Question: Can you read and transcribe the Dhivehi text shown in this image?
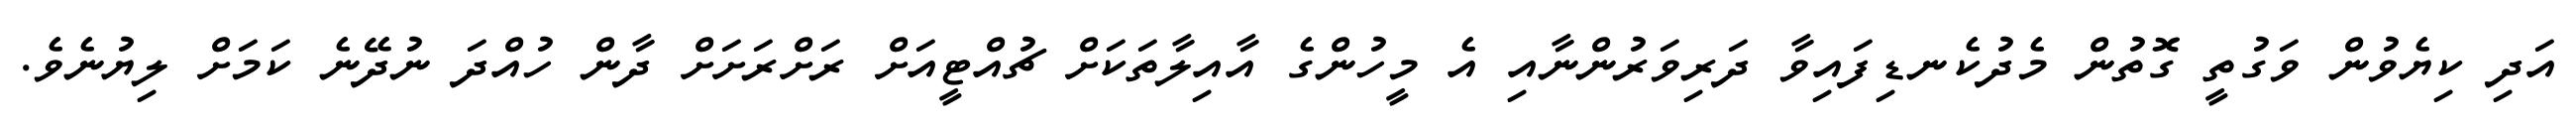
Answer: އަދި ކިޔެވުން ވަގުތީ ގޮތުން މެދުކެނޑިފައިވާ ދަރިވަރުންނާއި އެ މީހުންގެ އާއިލާތަކަށް ޗުއްޓީއަށް ރަށްރަށަށް ދާން ހުއްދަ ނުދޭނެ ކަމަށް ލިޔުނެވެ.